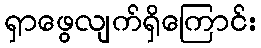
ရှာဖွေလျက်ရှိကြောင်း